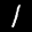
Label: 1